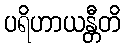
ပရိဟာယန္တီတိ